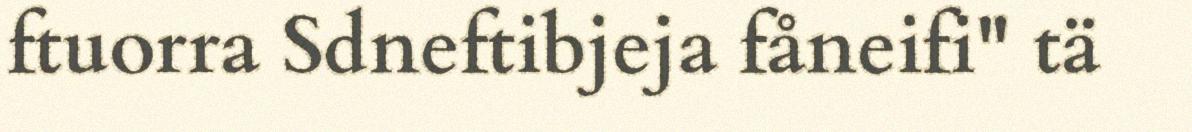
ftuorra Sdneftibjeja fåneifi" tä